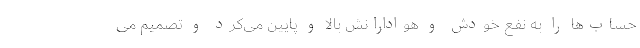
حساب‌ها را به نفع خودش و هوادارانش بالا و پایین می‌کرد و تصمیم می